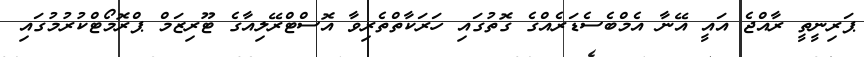
ޕަރިނީތީ ރާއްޖެ އައީ އޭނާ އެމްބެސެޑަރެއްގެ ގޮތުގައި ހަރަކާތްތެރިވާ އޮސްޓްރޭލިއާގެ ޓޫރިޒަމް ޕްރޮމޯޓްކުރުމުގައި